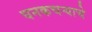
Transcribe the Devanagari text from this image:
घनकचर्‍याचे